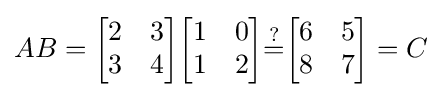
AB={\begin{bmatrix}2&3\\3&4\end{bmatrix}}{\begin{bmatrix}1&0\\1&2\end{bmatrix}}{\stackrel {?}{=}}{\begin{bmatrix}6&5\\8&7\end{bmatrix}}=C